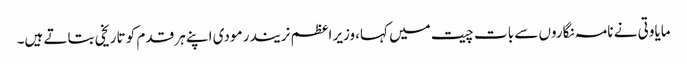
مایاوتی نے نامہ نگاروں سے بات چیت میں کہا،وزیر اعظم نریندر مودی اپنے ہر قدم کو تاریخی بتاتے ہیں۔